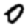
Digit: 0